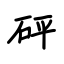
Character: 砰